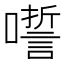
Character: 𡂉